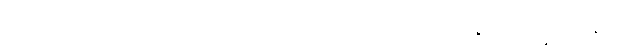
ဒုတီယစိတ်ကိုရှုသော တတိယ စိတ်သည်လည်း အနိစ္စ၊ ဒုက္ခ၊ အနတ္တ။